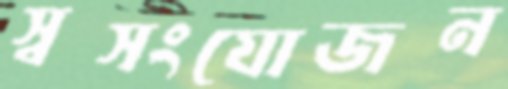
স্বসংযোজন